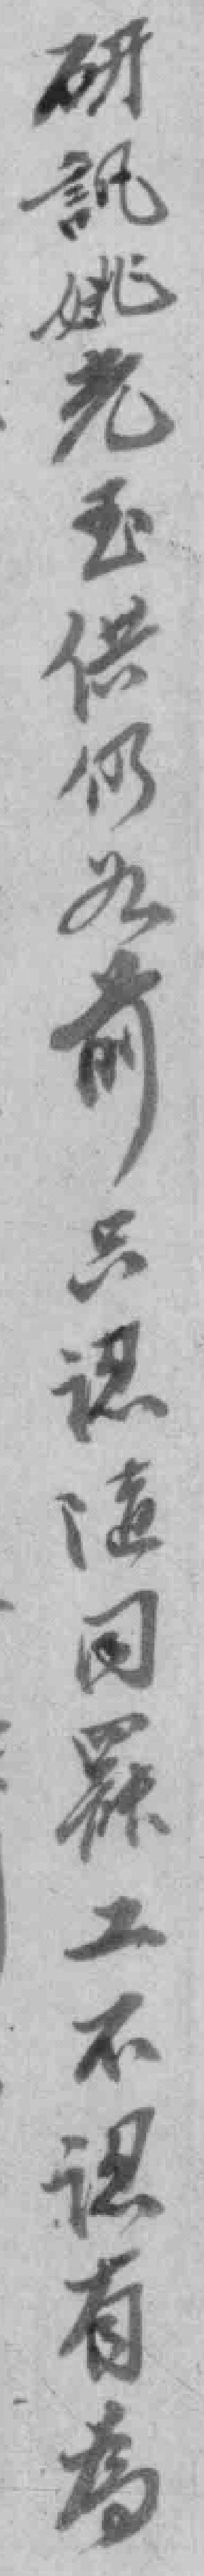
研訊姚光玉供仍为前只認随同罷工不認有為